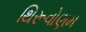
થિરૂવોણમ